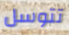
تتوسل